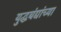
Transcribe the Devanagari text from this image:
युद्धबंद्यांच्या